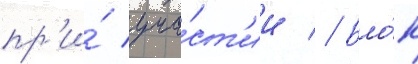
пр'и́ уча́ст'ии // Бло́к